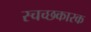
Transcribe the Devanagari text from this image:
स्चच्छकारक